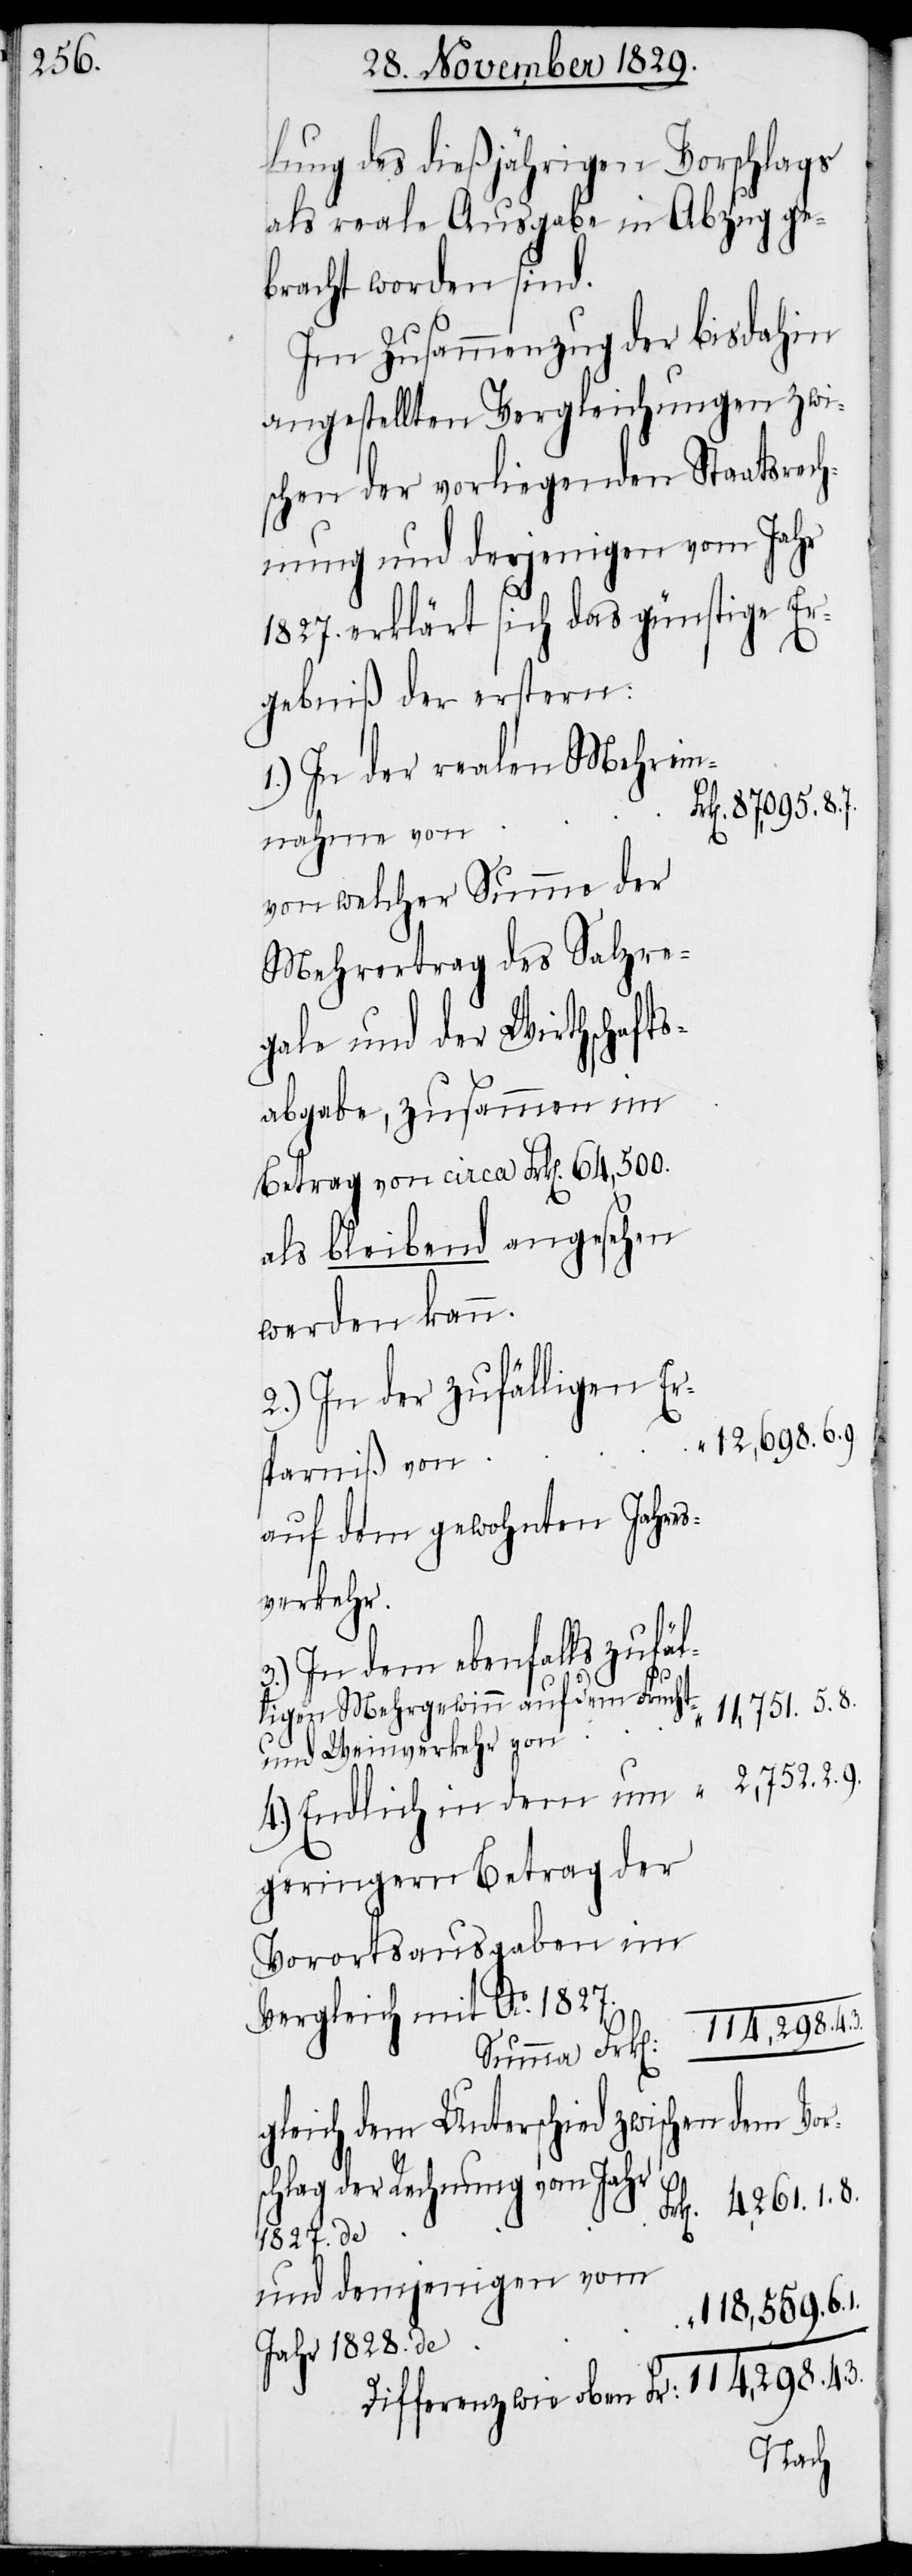
lung des dießjährigen Vorschlags
als reale Ausgabe in Abzug ge¬
bracht worden sind.
Im Zusammenzug der bisdahin
angestellten Vergleichungen zwi¬
schen der vorliegenden Staatsrech¬
nung und derjenigen vom Jahr
1827. erklärt sich das günstige Er¬
gebniß der erstern:
1.) In der realen Mehrein¬
11,751.5.8.
nahme von
von welcher Summe der
egale und der Wirthschaftsa¬
Betrag von circa Frk[en]. 64,500.
als bleibend angesehen
werden kann.
2.) In der zufälligen Er¬
12,698.6.9.
sparniß von
auf dem gewohnten Jahres¬
verkehr.
In dem ebenfalls zufäl¬
und Weinverkehr von
4.) Endlich in dem um 		“		 2,752.2.9.
geringern Betrag der
Vorortsausgaben im
Vergleich mit Ao. 1827.
114,298.4.3.
gleich dem Unterschied zwischen dem
Vor¬
schlag der Rechnung vom Jahr
4,261.1.8.
1827.
und demjenigen vom
118,569.6.1.
Jahr 1828. de